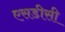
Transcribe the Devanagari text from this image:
एसडीसी